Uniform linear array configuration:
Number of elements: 32
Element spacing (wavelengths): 0.25
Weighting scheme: blackman
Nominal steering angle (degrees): -15
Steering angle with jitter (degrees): -16.518
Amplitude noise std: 0.05
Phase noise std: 0.05

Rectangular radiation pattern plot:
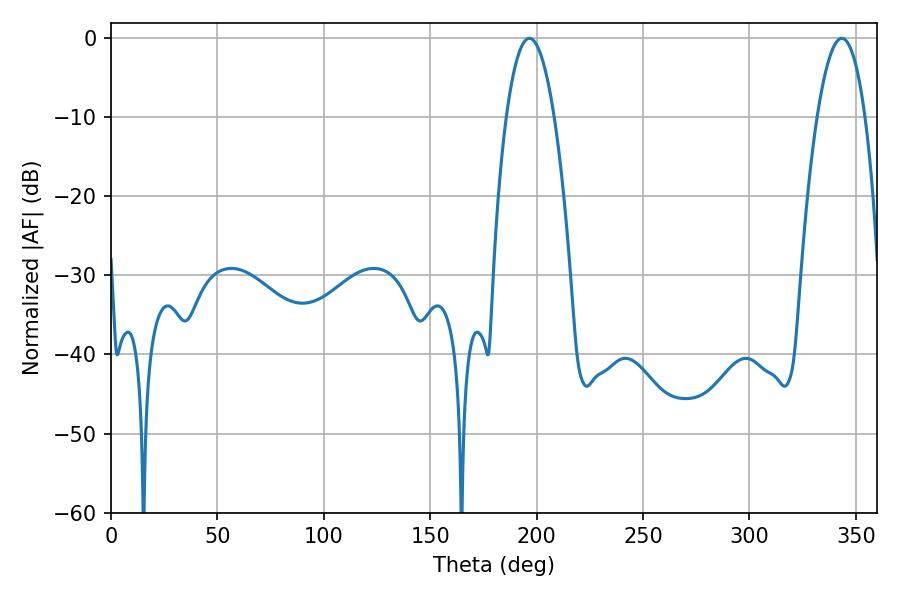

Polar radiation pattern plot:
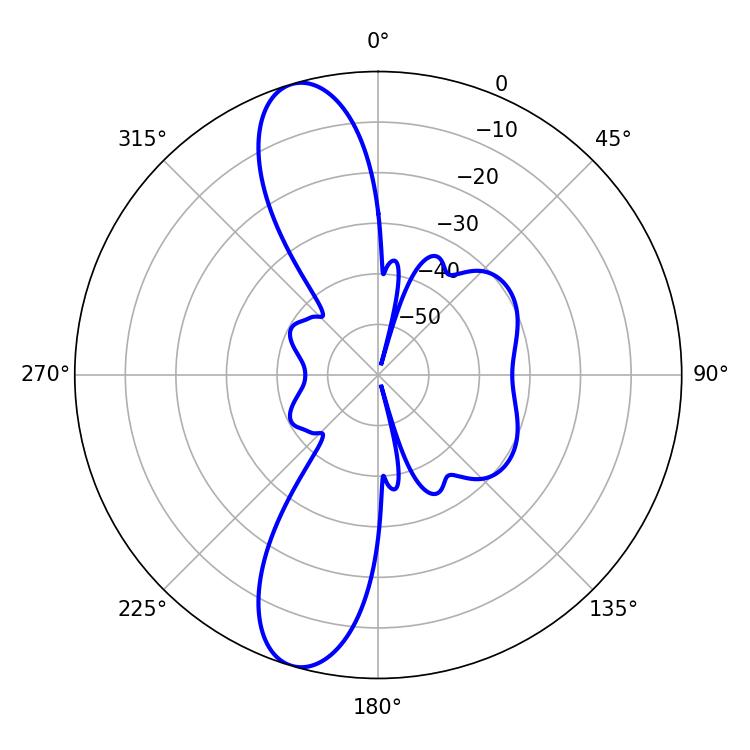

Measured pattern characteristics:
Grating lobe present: FALSE
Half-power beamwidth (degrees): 12.42
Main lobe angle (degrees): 196.56